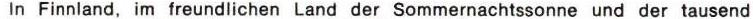
In Finnland, im freudlichen Land ser Sommernachtssonne und der tausend